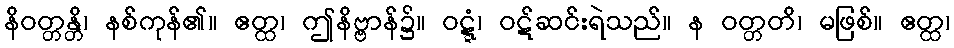
နိဝတ္တန္တိ၊ နစ်ကုန်၏။ ဧတ္ထ၊ ဤနိဗ္ဗာန်၌။ ဝဋ္ဋံ၊ ဝဋ်ဆင်းရဲသည်။ န ဝတ္တတိ၊ မဖြစ်။ ဧတ္ထ၊